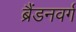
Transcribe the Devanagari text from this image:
ब्रैंडनवर्ग